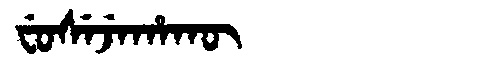
Manchu: ᠸᡠᠰᡝᠵᡝᡥᠠᡴᡡ
Romanization: FUSEJEHAKŪ